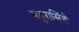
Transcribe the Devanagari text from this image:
मदुरासिंघे